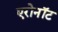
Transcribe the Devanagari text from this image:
एरोनॉट